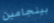
بينجامين